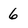
Character: 6